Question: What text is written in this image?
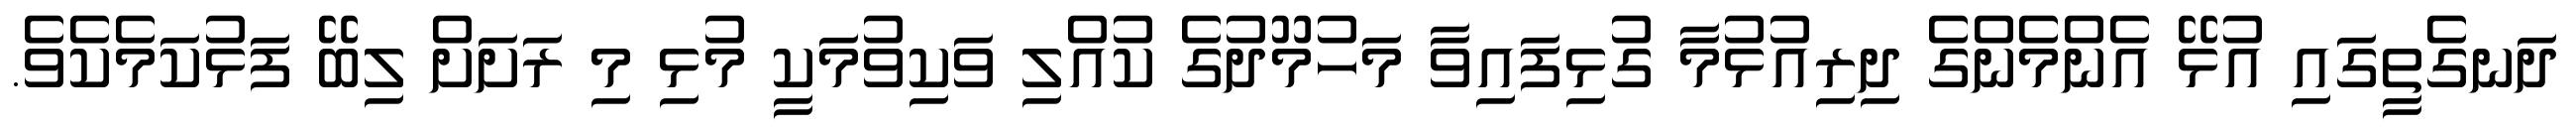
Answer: ދަނގެތީގައި އުޅޭ އެންމެންގެ ދިރިއުޅުމާ ގުޅިފައިވާ މަހުމޫދުގެ ކުއްލި ވަކިވުމަކީ މުޅި މި ރަށަށް ލިބޭ ފަޅުކަމެކެވެ.